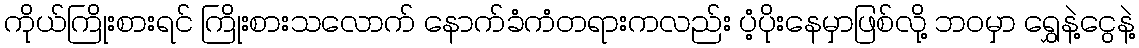
ကိုယ်ကြိုးစားရင် ကြိုးစားသလောက် နောက်ခံကံတရားကလည်း ပံ့ပိုးနေမှာဖြစ်လို့ ဘဝမှာ ရွှေနဲ့ငွေနဲ့